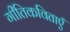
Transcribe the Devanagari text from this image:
गीतिकविताएँ